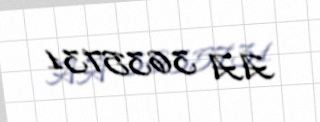
AA 3635731